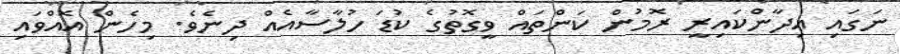
ނަގައި އިދާންކައިރީ ރޮމުން ކަންތައް ވީގޮތުގެ ކުޑަ ހުލާސާއެއް ދިނެވެ. މިހެން އޮއްވައި